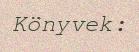
Könyvek: